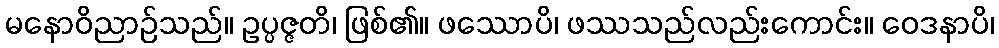
မနောဝိညာဉ်သည်။ ဥပ္ပဇ္ဇတိ၊ ဖြစ်၏။ ဖဿောပိ၊ ဖဿသည်လည်းကောင်း။ ဝေဒနာပိ၊